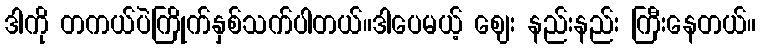
ဒါကို တကယ်ပဲကြိုက်နှစ်သက်ပါတယ်။ဒါပေမယ့် ဈေး နည်းနည်း ကြီးနေတယ်။